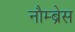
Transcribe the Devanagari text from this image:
नौम्ब्रेस